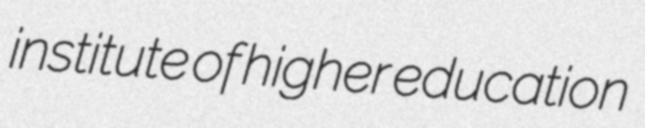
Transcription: institute of higher education